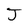
Character: J